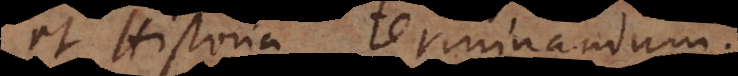
et Historia terminandum.